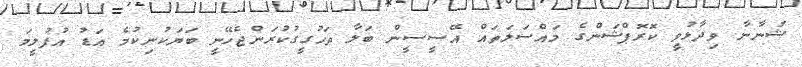
ޝުނާނާ ވިދާޅުވީ ކޮރޮޕްޝަންގެ މައްސަލަތައް އޭސީސީން ބަލާ ތަހުގީގުކުރަންޖެހޭނީ ބަޔަކުނިކުމެ އަޑު އުފުލީމަ